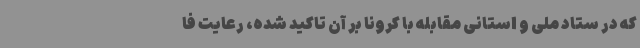
که در ستاد ملی و استانی مقابله با کرونا بر آن تاکید شده، رعایت فا